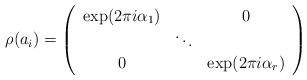
\begin{align*}\rho(a_i)=\left(\begin{array}{ccc}\exp(2\pi i\alpha_1)&&0\\&\ddots&\\0&&\exp(2\pi i\alpha_r)\end{array}\right)\end{align*}